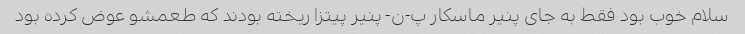
سلام خوب بود فقط به جای پنیر ماسکار پ-ن- پنیر پیتزا ریخته بودند که طعمشو عوض کرده بود